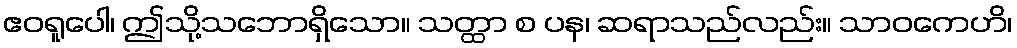
ဧဝရူပေါ၊ ဤသို့သဘောရှိသော။ သတ္ထာ စ ပန၊ ဆရာသည်လည်း။ သာဝကေဟိ၊